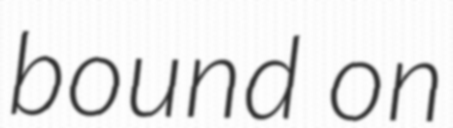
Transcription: bound on